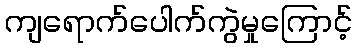
ကျရောက်ပေါက်ကွဲမှုကြောင့်